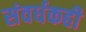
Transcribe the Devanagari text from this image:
संवर्धकही